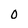
Character: 0